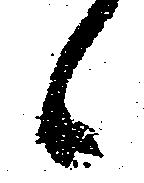
候